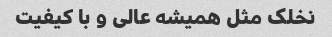
نخلک مثل همیشه عالی و با کیفیت